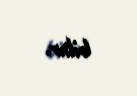
bilər.